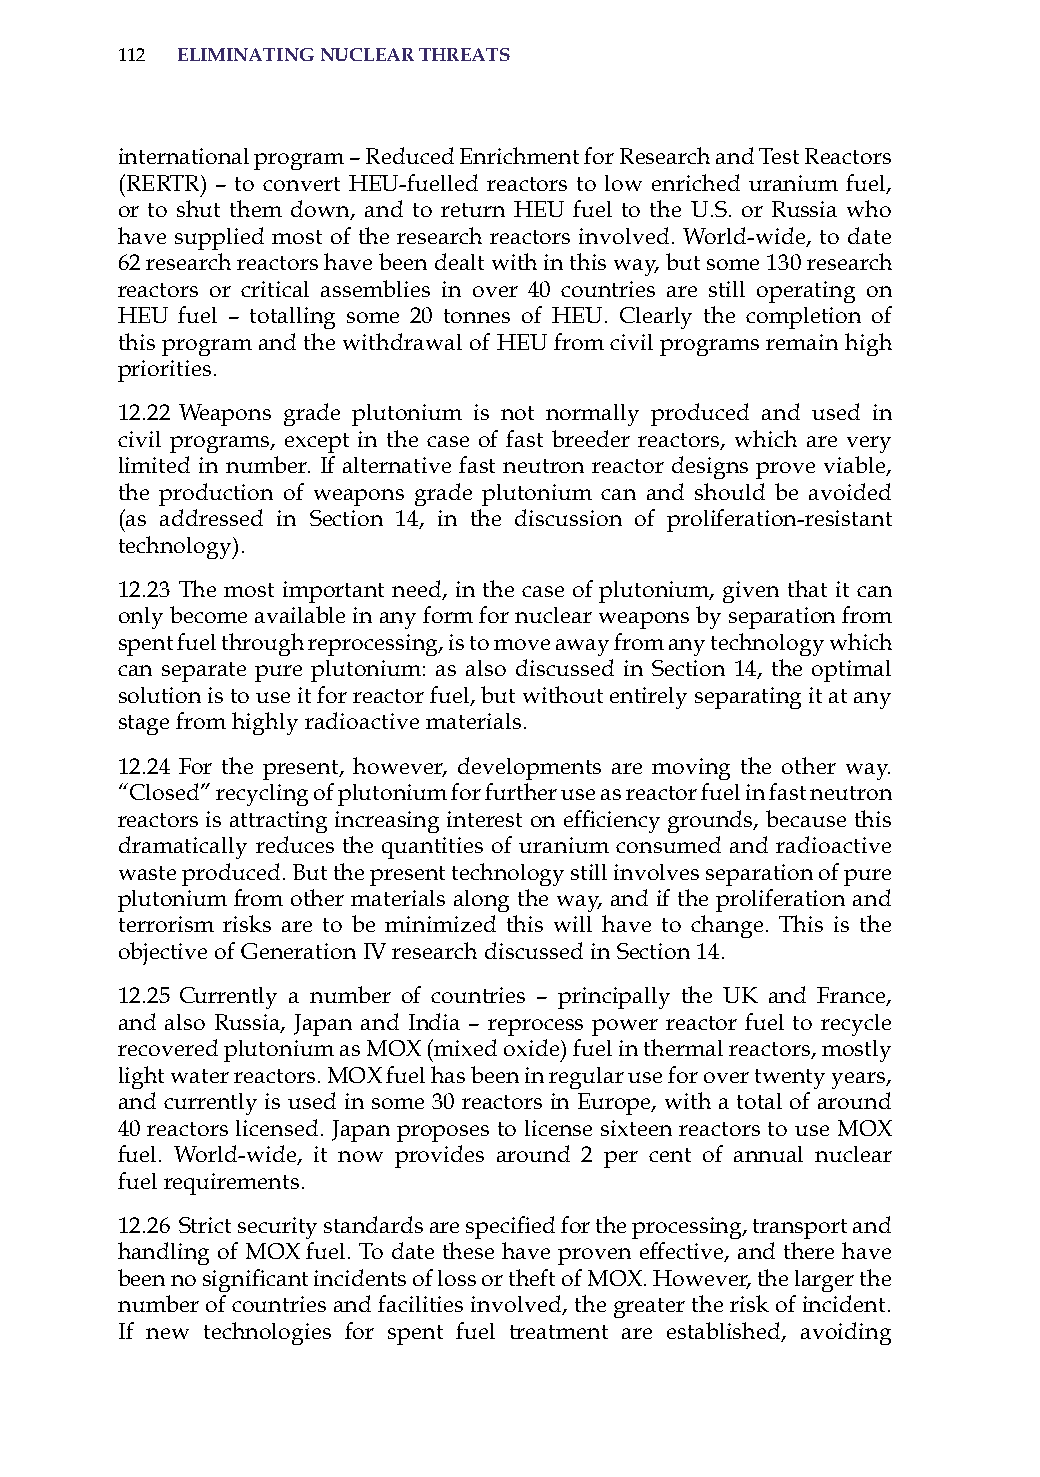
112 eliminatinG nuclear threats
 international program – reduced Enrichment for research and Test reactors
 (rErTr) – to convert hEU-fuelled reactors to low enriched uranium fuel,
 or to shut them down, and to return hEU fuel to the U.s. or russia who
 have supplied most of the research reactors involved. World-wide, to date
 62 research reactors have been dealt with in this way, but some 130 research
 reactors or critical assemblies in over 40 countries are still operating on
 hEU fuel – totalling some 20 tonnes of hEU. Clearly the completion of
 this program and the withdrawal of hEU from civil programs remain high
 priorities.
 12.22 Weapons grade plutonium is not normally produced and used in
 civil programs, except in the case of fast breeder reactors, which are very
 limited in number. if alternative fast neutron reactor designs prove viable,
 the production of weapons grade plutonium can and should be avoided
 (as addressed in section 14, in the discussion of proliferation-resistant
 technology).
 12.23 The most important need, in the case of plutonium, given that it can
 only become available in any form for nuclear weapons by separation from
 spent fuel through reprocessing, is to move away from any technology which
 can separate pure plutonium: as also discussed in section 14, the optimal
 solution is to use it for reactor fuel, but without entirely separating it at any
 stage from highly radioactive materials.
 12.24 For the present, however, developments are moving the other way.
 “Closed” recycling of plutonium for further use as reactor fuel in fast neutron
 reactors is attracting increasing interest on efficiency grounds, because this
 dramatically reduces the quantities of uranium consumed and radioactive
 waste produced. But the present technology still involves separation of pure
 plutonium from other materials along the way, and if the proliferation and
 terrorism risks are to be minimized this will have to change. This is the
 objective of Generation iV research discussed in section 14.
 12.25 Currently a number of countries – principally the UK and France,
 and also russia, Japan and india – reprocess power reactor fuel to recycle
 recovered plutonium as MoX (mixed oxide) fuel in thermal reactors, mostly
 light water reactors. MoX fuel has been in regular use for over twenty years,
 and currently is used in some 30 reactors in Europe, with a total of around
 40 reactors licensed. Japan proposes to license sixteen reactors to use MoX
 fuel. World-wide, it now provides around 2 per cent of annual nuclear
 fuel requirements.
 12.26 Strict security standards are specified for the processing, transport and
 handling of MoX fuel. To date these have proven effective, and there have
 been no significant incidents of loss or theft of MOX. However, the larger the
 number of countries and facilities involved, the greater the risk of incident.
 if new technologies for spent fuel treatment are established, avoiding